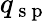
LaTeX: q_{\mathrm{~s~p~}}